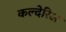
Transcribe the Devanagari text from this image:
कल्देरिअ